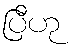
ပြီဟု